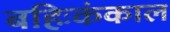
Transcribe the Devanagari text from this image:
बहिःकंकाल